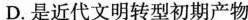
D.是近代文明转型初期产物